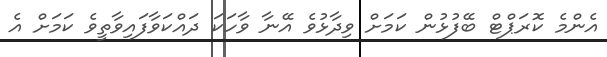
އެންމެ ކޮރަޕްޓް ބޭފުޅުން ކަމަށް ވިދާޅުވެ އޭނާ ވާހަކަ ދައްކަވާފައިވާތީވެ ކަަމަށް އެ